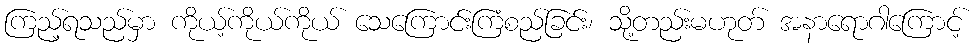
ကြည့်ရသည်မှာ ကိုယ့်ကိုယ်ကိုယ် သေကြောင်းကြံစည်ခြင်း၊ သို့တည်းမဟုတ် အနာရောဂါကြောင့်